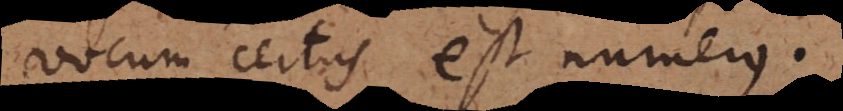
vocum certus est numerus.